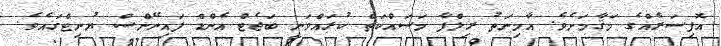
އޮފިސަރެއްގެ މަޤާމަށެވެ. އާމިނަތު ރިލްފާ މަސައްކަތް ކުރައްވަނީ ބަޖެޓް އެންޑް ފައިނޭންސް ޔުނިޓްގައެވެ.